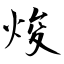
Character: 焌